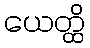
ယေတ္ထိ